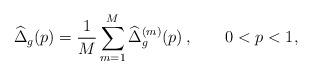
LaTeX: \begin{align*}\widehat{\Delta}_{g}(p) = \frac{1}{M} \sum_{m=1}^{M}\widehat{\Delta}^{(m)}_{g}(p) \,, \qquad0<p<1,\end{align*}